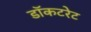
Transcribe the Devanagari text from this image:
डॉकटरेट